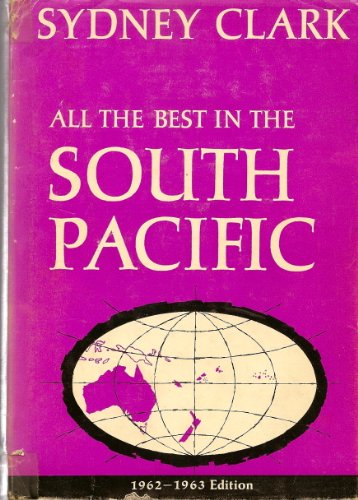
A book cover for All the best in the South Pacific: Tahiti, Samoa, Fiji, New Caledonia, New Zealand, Australia (A Sydney Clark travel book); Sydney Clark; Travel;